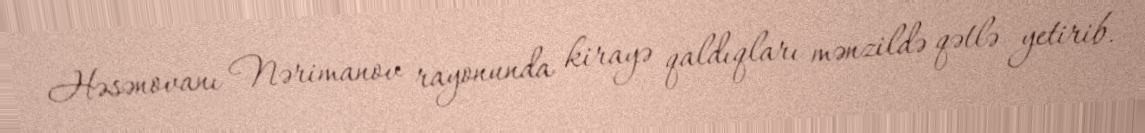
Həsənovanı Nərimanov rayonunda kirayə qaldıqları mənzildə qətlə yetirib.